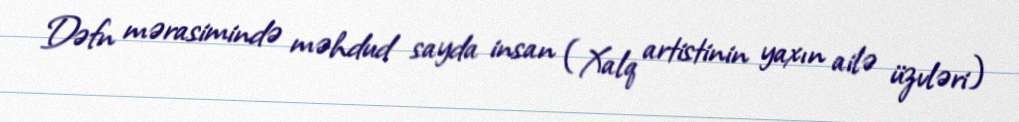
Dəfn mərasimində məhdud sayda insan (Xalq artistinin yaxın ailə üzvləri)